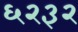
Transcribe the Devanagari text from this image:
६२३२